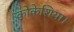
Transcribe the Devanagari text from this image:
कोकेशिया।